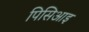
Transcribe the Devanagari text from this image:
पिसिआइ